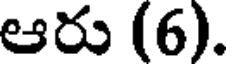
ఆరు (6).